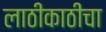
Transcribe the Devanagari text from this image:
लाठीकाठीचा